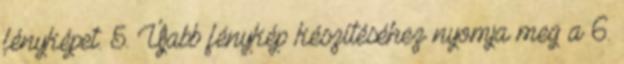
fényképet. 5. Újabb fénykép készítéséhez nyomja meg a 6.